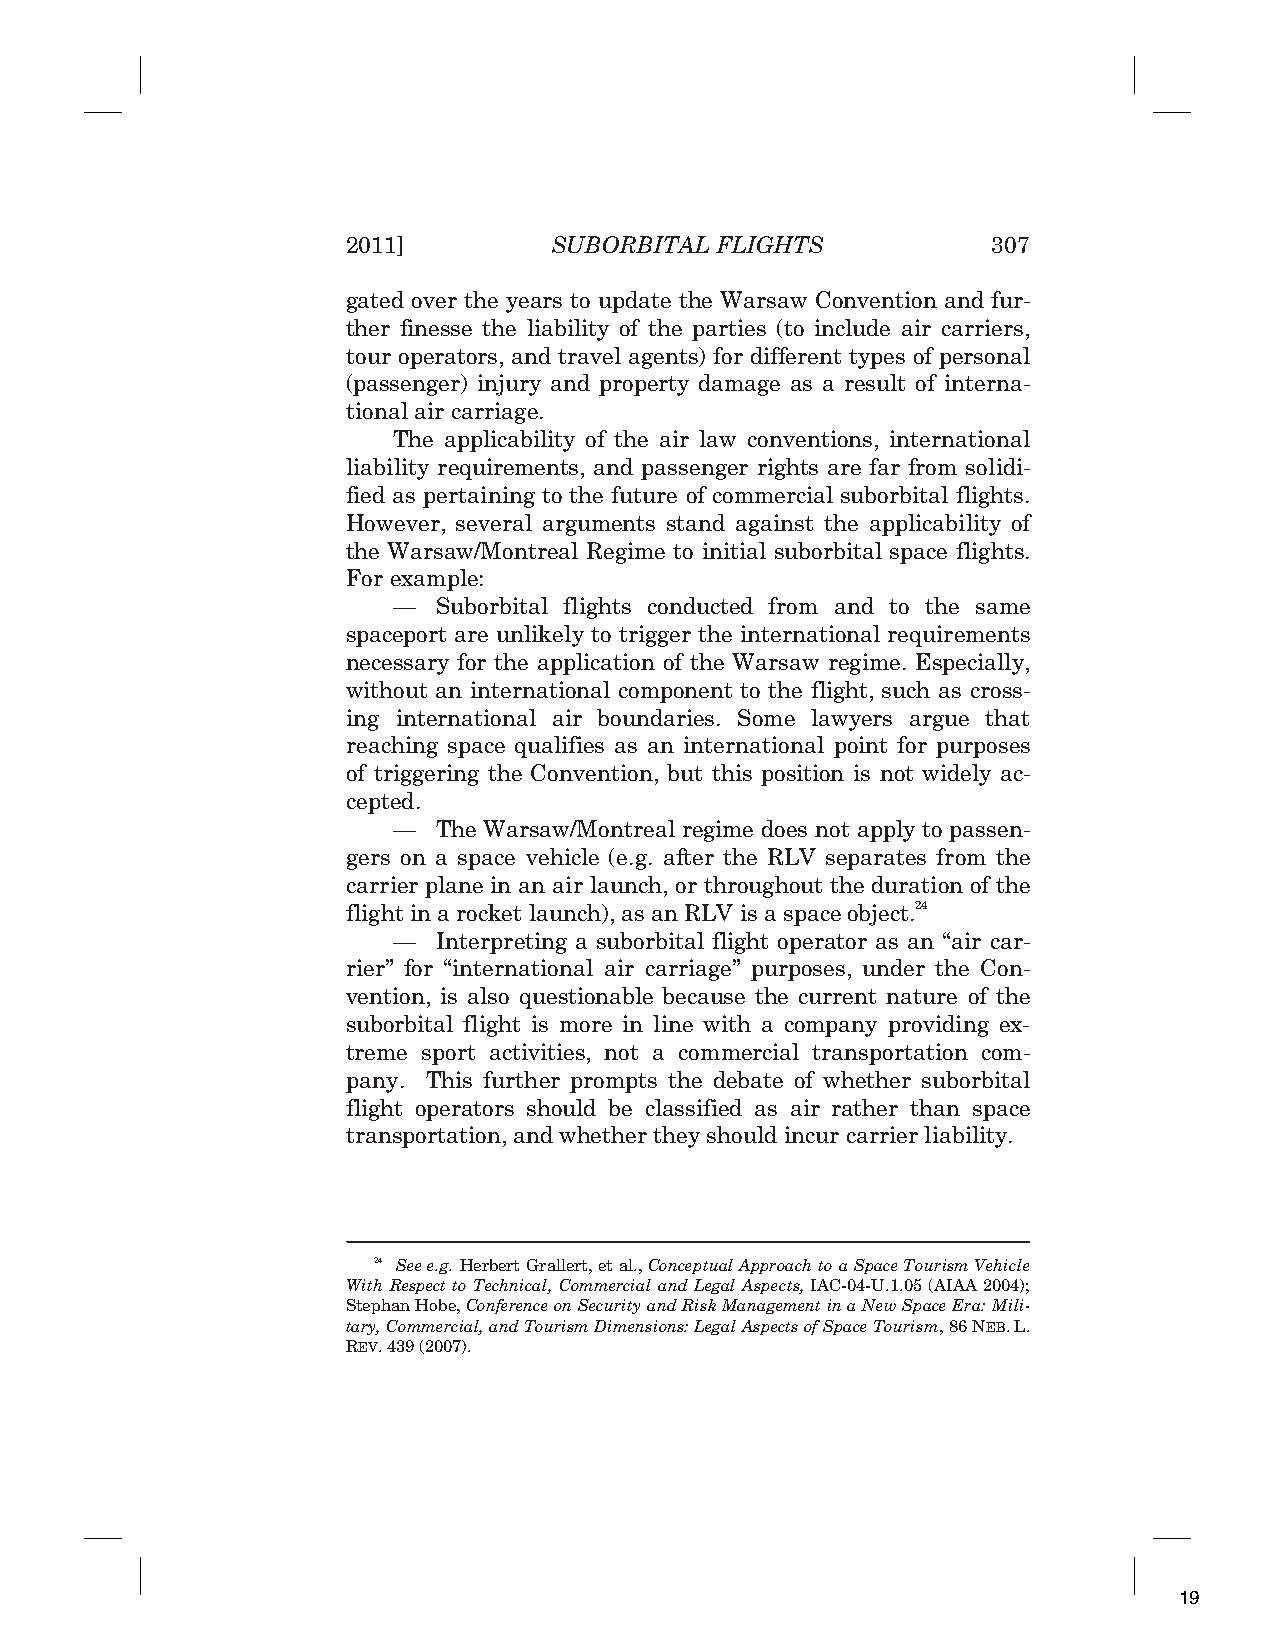
2011]         SUBORBITAL FLIGHTS           307
 gated over the years to update the Warsaw Convention and fur-
 ther finesse the liability of the parties (to include air carriers,
 tour operators, and travel agents) for different types of personal
 (passenger) injury and property damage as a result of interna-
 tional air carriage.
 The applicability of the air law conventions, international
 liability requirements, and passenger rights are far from solidi-
 fied as pertaining to the future of commercial suborbital flights.
 However, several arguments stand against the applicability of
 the Warsaw/Montreal Regime to initial suborbital space flights.
 For example:
 —  Suborbital flights conducted from and to the same
 spaceport are unlikely to trigger the international requirements
 necessary for the application of the Warsaw regime. Especially,
 without an international component to the flight, such as cross-
 ing international air boundaries. Some lawyers argue that
 reaching space qualifies as an international point for purposes
 of triggering the Convention, but this position is not widely ac-
 cepted.
 —  The Warsaw/Montreal regime does not apply to passen-
 gers on a space vehicle (e.g. after the RLV separates from the
 carrier plane in an air launch, or throughout the duration of the
 flight in a rocket launch), as an RLV is a space object.24
 —  Interpreting a suborbital flight operator as an “air car-
 rier” for “international air carriage” purposes, under the Con-
 vention, is also questionable because the current nature of the
 suborbital flight is more in line with a company providing ex-
 treme sport activities, not a commercial transportation com-
 pany. This further prompts the debate of whether suborbital
 flight operators should be classified as air rather than space
 transportation, and whether they should incur carrier liability.
 24 Seee.g. Herbert Grallert, et al., Conceptual Approach to a Space Tourism Vehicle
 With Respect to Technical, Commercial and Legal Aspects, IAC-04-U.1.05 (AIAA 2004);
 Stephan Hobe, Conference on Security and Risk Management in a New Space Era: Mili-
 tary, Commercial, and Tourism Dimensions: Legal Aspects of Space Tourism, 86 NEB.L.
 REV. 439 (2007).
 19